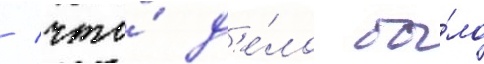
/ что́ д'е́ло бы́ло